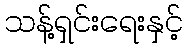
သန့်ရှင်းရေးနှင့်